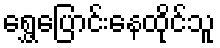
ရွှေ့ပြောင်းနေထိုင်သူ